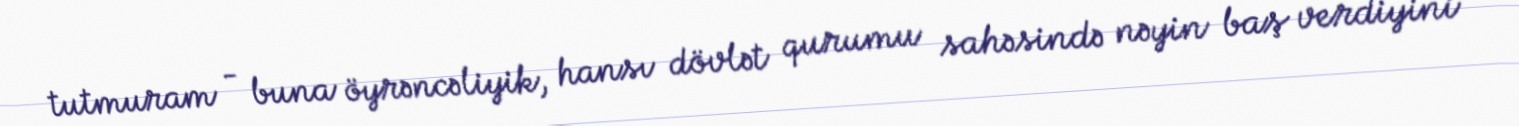
tutmuram - buna öyrəncəliyik, hansı dövlət qurumu sahəsində nəyin baş verdiyini